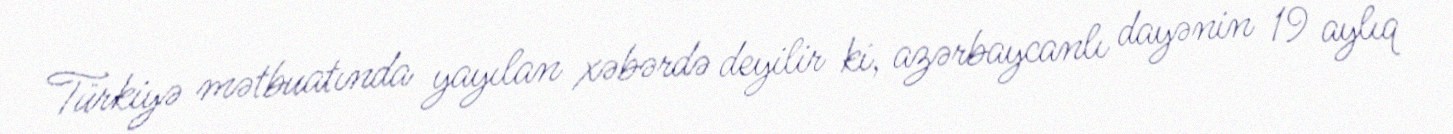
Türkiyə mətbuatında yayılan xəbərdə deyilir ki, azərbaycanlı dayənin 19 aylıq